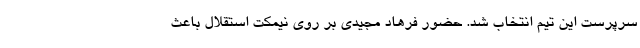
سرپرست این تیم انتخاب شد. حضور فرهاد مجیدی بر روی نیمکت استقلال باعث